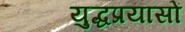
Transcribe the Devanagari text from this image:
युद्धप्रयासों